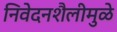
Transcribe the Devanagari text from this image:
निवेदनशैलीमुळे